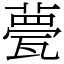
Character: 甍